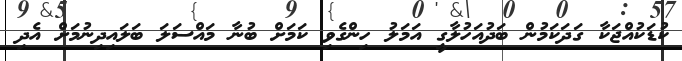
ކުޑަކުއްޖަކާ ގަދަކަމުން ބަދުއަހުލާގީ އަމަލު ހިންގެވި ކަމަށް ބުނާ މައްސަލަ ބަލައިދިނުމަށް އެދި